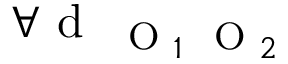
\forall \mathrm { ~ d ~ } _ { \mathrm { ~ \scriptsize ~ O ~ } _ { 1 } \mathrm { ~ \scriptsize ~ O ~ } _ { 2 } }